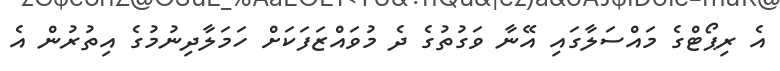
އެ ރިޕޯޓްގެ މައްސަލާގައި އޭނާ ވަގުތުގެ ދެ މުވައްޒަފަކަށް ހަމަލާދިނުމުގެ އިތުރުން އެ